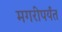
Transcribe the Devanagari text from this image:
मगरीपर्यंत